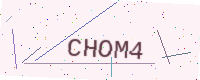
Text: CHOM4